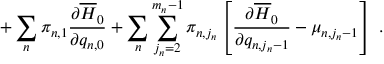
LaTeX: + \sum _ { n } \pi _ { n , 1 } \frac { \partial \overline { { { H } } } _ { 0 } } { \partial q _ { n , 0 } } + \sum _ { n } \sum _ { j _ { n } = 2 } ^ { m _ { n } - 1 } \pi _ { n , j _ { n } } \left[ \frac { \partial \overline { { { H } } } _ { 0 } } { \partial q _ { n , j _ { n } - 1 } } - \mu _ { n , j _ { n } - 1 } \right] \ .